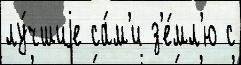
лу́чшиjе са́м'и з'е́мл'ю с